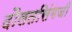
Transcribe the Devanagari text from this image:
दौलतसिंगजी